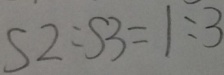
S 2 : S 3 = 1 : 3